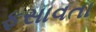
ફસાવતા